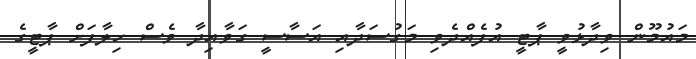
މައުމޫން ވިދާޅުވީ ޕާޓީ އުފެއްދެވި މަގުސަދާއި އަސާސީ ގަވާއިދާ ވެސް ހިލާފަށް ޕާޓީގެ